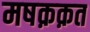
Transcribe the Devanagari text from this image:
मषक़क़त